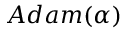
A d a m ( \alpha )